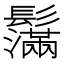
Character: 𩯮